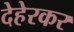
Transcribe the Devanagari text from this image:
देहेरकर